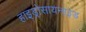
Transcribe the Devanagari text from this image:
हाइड्रोसायनाइड